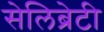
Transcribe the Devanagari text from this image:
सेलिब्रेटी